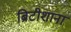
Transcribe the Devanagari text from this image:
ब्रिटीशाना